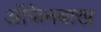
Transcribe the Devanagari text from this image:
ऑफेनबाख